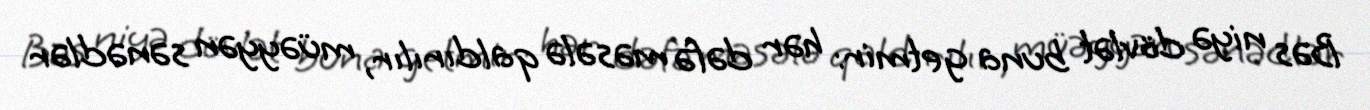
Bəs niyə dövlət buna getmir: hər dəfə məsələ qaldırılır, müəyyən sənədlər